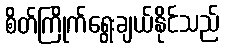
စိတ်ကြိုက်ရွေးချယ်နိုင်သည်